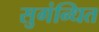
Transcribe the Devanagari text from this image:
सुगंन्‍धित